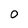
Character: 0